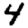
Digit: 4